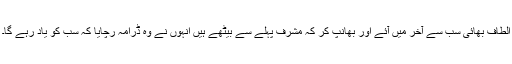
الطاف بھائی سب سے آخر میں آئے اور بھانپ کر کہ مشرف پہلے سے بیٹھے ہیں انہوں نے وہ ڈرامہ رچایا کہ سب کو یاد رہے گا۔